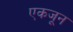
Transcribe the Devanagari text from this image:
एकजून